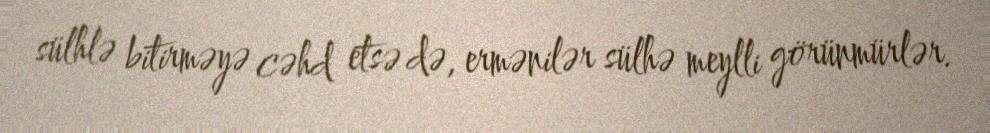
sülhlə bitirməyə cəhd etsə də, ermənilər sülhə meylli görünmürlər.